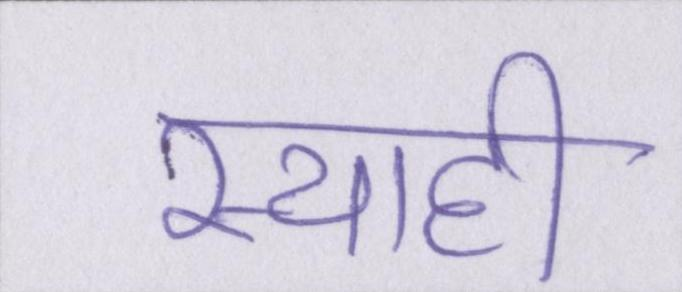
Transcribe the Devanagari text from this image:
स्याही